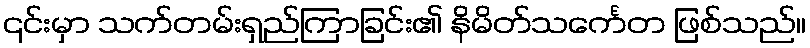
၎င်းမှာ သက်တမ်းရှည်ကြာခြင်း၏ နိမိတ်သင်္ကေတ ဖြစ်သည်။